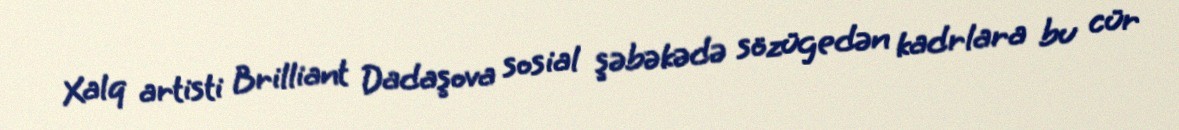
Xalq artisti Brilliant Dadaşova sosial şəbəkədə sözügedən kadrlara bu cür